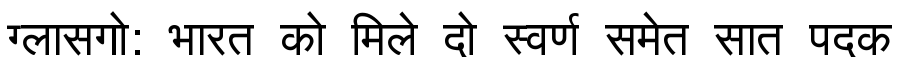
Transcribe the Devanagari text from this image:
ग्लासगो: भारत को मिले दो स्वर्ण समेत सात पदक